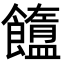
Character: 𩟟